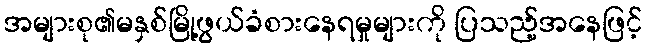
အများစု၏မနှစ်မြို့ဖွယ်ခံစားနေရမှုများကို ပြသည့်အနေဖြင့်